Lunatic asylums Central Provinces reports 1874-1885 - 1874-1885
Year: 1874
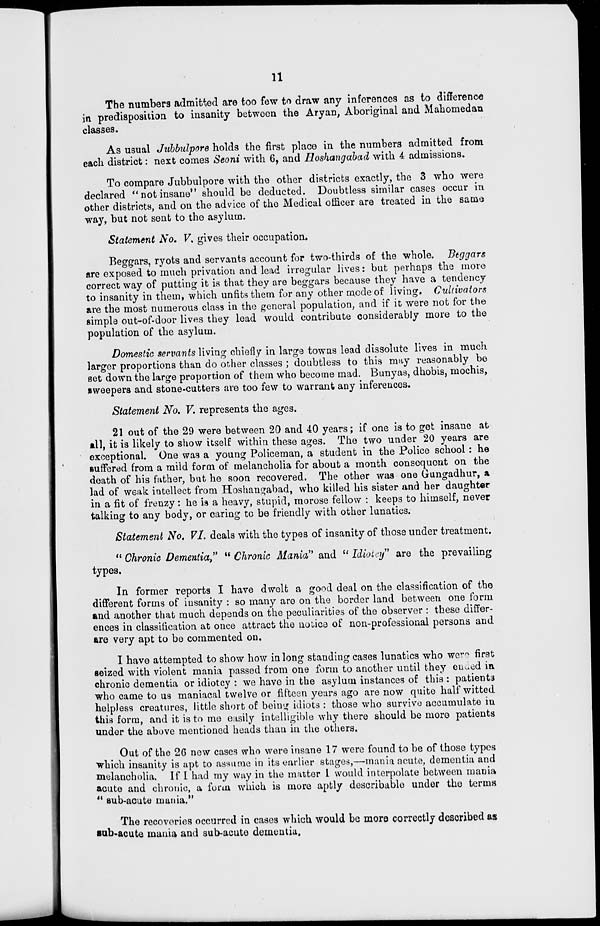
11
The numbers admitted are too few to draw any inferences as to difference
in predisposition to insanity between the Aryan, Aboriginal and Mahomedan
classes.
As usual Jubbulpore holds the first place in the numbers admitted from
each district : next comes Seoni with 6, and Hoshangabad with 4 admissions.
To compare Jubbulpore with the other districts exactly, the 3 who were
declared "not insane" should be deducted. Doubtless similar cases occur in
other districts, and on the advice of the Medical officer are treated in the same
way, but not sent to the asylum.
Statement No. V. gives their occupation.
Beggars, ryots and servants account for two-thirds of the whole. Beggars
are exposed to much privation and lead irregular lives : but perhaps the more
correct way of putting it is that they are beggars because they have a tendency
to insanity in them, which unfits them for any other mode of living. Cultivators
are the most numerous class in the general population, and if it were not for the
simple out-of-door lives they lead would contribute considerably more to the
population of the asylum.
Domestic servants living chiefly in large towns lead dissolute lives in much
larger proportions than do other classes ; doubtless to this may reasonably be
set down the large proportion of them who become mad. Bunyas, dhobis, mochis,
sweepers and stone-cutters are too few to warrant any inferences.
Statement No. V. represents the ages.
21 out of the 29 were between 20 and 40 years; if one is to get insane at
all, it is likely to show itself within these ages. The two under 20 years are
exceptional. One was a young Policeman, a student in the Police school: he
suffered from a mild form of melancholia for about a month consequent on the
death of his father, but he soon recovered. The other was one Gungadhur, a
lad of weak intellect from Hoshangabad, who killed his sister and her daughter
in a fit of frenzy : he is a heavy, stupid, morose fellow : keeps to himself, never
talking to any body, or caring to be friendly with other lunatics.
Statement No. VI. deals with the types of insanity of those under treatment.
" Chronic Dementia" " Chronic Mania" and "Idiotcy" are the prevailing
types.
In former reports I have dwelt a good deal on the classification of the
different forms of insanity : so many are on the border land between one form
and another that much depends on the peculiarities of the observer : these differ-
ences in classification at once attract the notice of non-professional persons and
are very apt to be commented on.
I have attempted to show how in long standing cases lunatics who were first
seized with violent mania passed from one form to another until they ended in
chronic dementia or idiotcy : we have in the asylum instances of this : patients
who came to us maniacal twelve or fifteen years ago are now quite half witted
helpless creatures, little short of being idiots : those who survive accumulate in
this form, and it is to me easily intelligible why there should be more patients
under the above mentioned heads than in the others.
Out of the 26 new cases who were insane 17 were found to be of those types
which insanity is apt to assume in its earlier stages,—mania acute, dementia and
melancholia. If I had my way in the matter I would interpolate between mania
acute and chronic, a form which is more aptly describable under the terms
" sub-acute mania."
The recoveries occurred in cases which would be more correctly described as
sub-acute mania and sub-acute dementia.